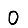
Digit: 0